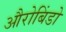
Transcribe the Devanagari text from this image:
औरोबिंडो